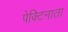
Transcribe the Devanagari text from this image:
पेक्टिनाता